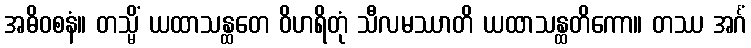
အဓိဝစနံ။ တသ္မိံ ယထာသန္ထတေ ဝိဟရိတုံ သီလမဿာတိ ယထာသန္ထတိကော။ တဿ အင်္ဂံ